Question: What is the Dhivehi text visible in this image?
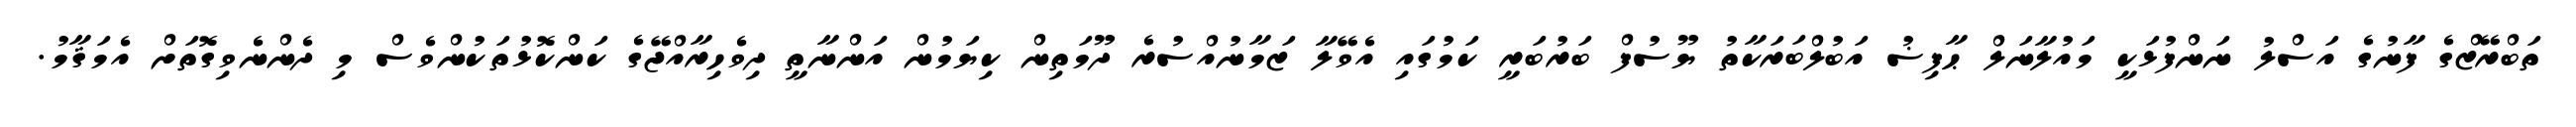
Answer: ތަބްރޭޒްގެ ފާނުގެ އަސްލު ނަންފުޅަކީ މައުލާނަލް ޙާފިޟު އަބުލްބަރަކާތު ޔޫސުފް ބަރުބަރީ ކަމުގައި އެވޭލާ ޒަމާނުއްސުރެ ދޫމަތިން ކިޔަމުން އަންނާތީ ދިވެހިރާއްޖޭގެ ކަންކޮޅުތަކުންވެސް މި ދެންނެވިގޮތަށް އެމަޤާމު.